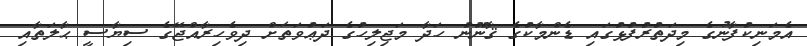
އެމަނިކުފާނުގެ މިދަތުރުފުޅުގައި ޑެންމާކުގެ ޤާނޫނު ހަދާ މަޖިލިހުގެ ދަޢުވަތަށް ދިވެހިރާއްޖޭގެ ސިޔާސީ ޙާލަތާއި